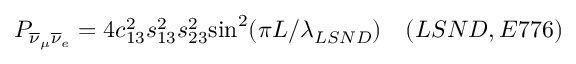
P _ { \overline { { { \nu } } } _ { \mu } \overline { { { \nu } } } _ { e } } = 4 c _ { 1 3 } ^ { 2 } s _ { 1 3 } ^ { 2 } s _ { 2 3 } ^ { 2 } { \sin ^ { 2 } } ( { \pi L / \lambda _ { L S N D } } ) ~ ~ ~ ( L S N D , E 7 7 6 )